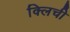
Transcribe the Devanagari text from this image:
क्लिची